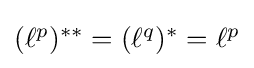
\textstyle (\ell ^{p})^{**}=(\ell ^{q})^{*}=\ell ^{p}